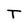
Character: T